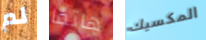
لم هاتفا المكسيك